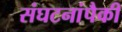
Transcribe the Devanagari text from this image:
संघटनांपैकी